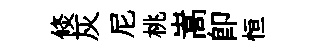
倐灰尼桃嵩即恒